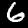
Digit: 6